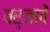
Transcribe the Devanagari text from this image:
वर्जावे